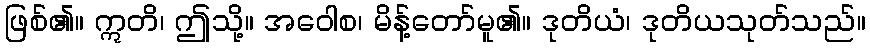
ဖြစ်၏။ ဣတိ၊ ဤသို့။ အဝေါစ၊ မိန့်တော်မူ၏။ ဒုတိယံ၊ ဒုတိယသုတ်သည်။